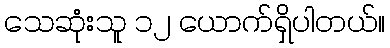
သေဆုံးသူ ၁၂ ယောက်ရှိပါတယ်။